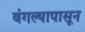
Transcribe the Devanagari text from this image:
बंगल्यापासून